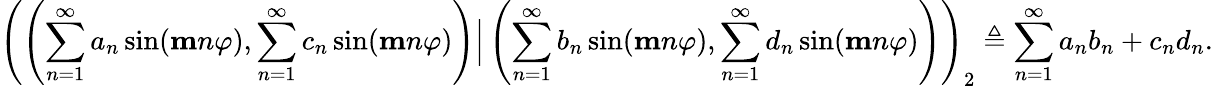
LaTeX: \left(\left(\sum_{n=1}^{\infty}a_{n}\sin(\mathbf{m}n\varphi),\sum_{n=1}^{\infty}c_{n}\sin(\mathbf{m}n\varphi)\right)\Big|\left(\sum_{n=1}^{\infty}b_{n}\sin(\mathbf{m}n\varphi),\sum_{n=1}^{\infty}d_{n}\sin(\mathbf{m}n\varphi)\right)\right)_{2}\triangleq\sum_{n=1}^{\infty}a_{n}b_{n}+c_{n}d_{n}.